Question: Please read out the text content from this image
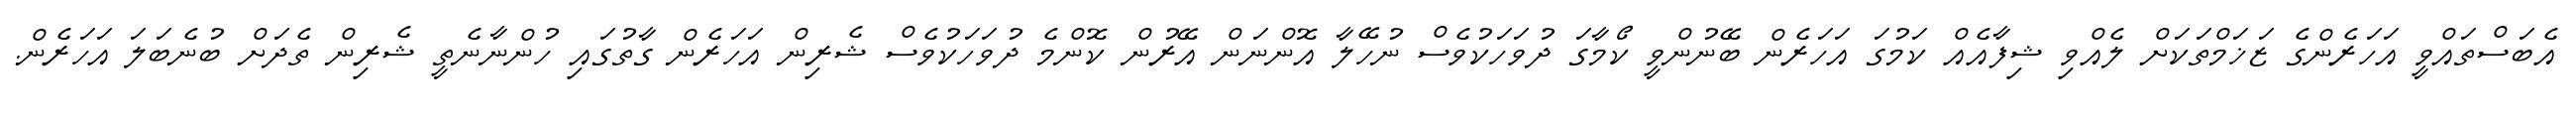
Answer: އެބަސްތައްވީ އަހަރެންގެ ޒަޚަމްތަކަށް ލެއްވި ޝިފާއެއް ކަމުގަ އަހަރެން ބޭނުންވީ ކޯމާގަ ދުވަހަކުވެސް ނުހޭލާ އޮންނަން އޭރުން ކޮންމެ ދުވަހަކުވެސް ޝެރިން އަހަރެން ގާތުގައި ހުންނާނެތީ ޝެރިން ތެދަށް ބުނެބަލަ އަހަރެން.